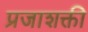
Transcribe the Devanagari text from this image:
प्रजाशक्ती